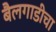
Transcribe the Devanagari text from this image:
बैलगाडीचा